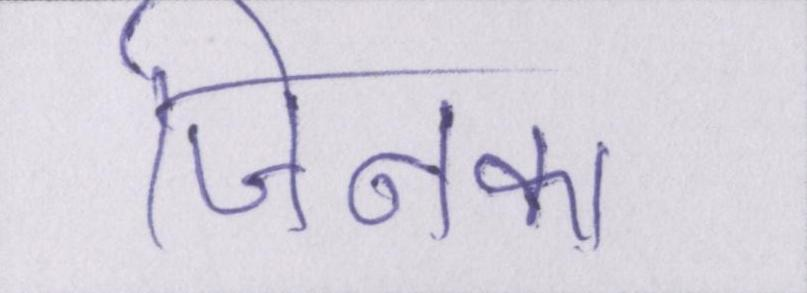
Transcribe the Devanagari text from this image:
जिनका